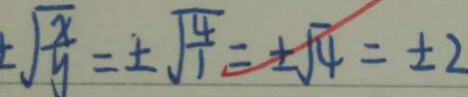
\sqrt { \frac { x } { y } } = \pm \sqrt { \frac { 4 } { 1 } } = \pm \sqrt { 4 } = \pm 2